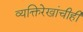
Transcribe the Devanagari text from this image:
व्यक्तिरेखांचीही